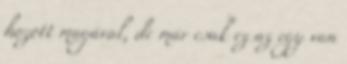
hozott magával, de már csak ez az egy van